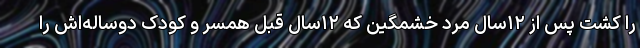
را کشت پس از ۱۲سال مرد خشمگین که ۱۲سال قبل همسر و کودک دوساله‌اش را